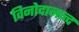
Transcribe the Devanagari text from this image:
विनोदानन्द